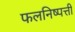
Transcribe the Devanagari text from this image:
फलनिष्पत्ती